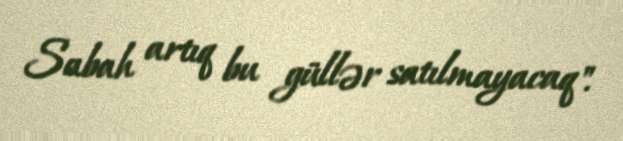
Sabah artıq bu güllər satılmayacaq".